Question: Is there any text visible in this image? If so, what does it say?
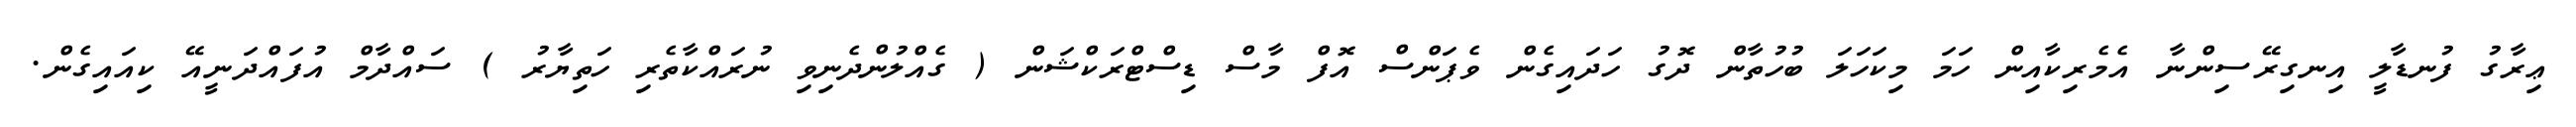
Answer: ޢިރާގު ފުނޑާލީ އިނގިރޭސިންނާ އެމެރިކާއިން ހަމަ މިކަހަލަ ބުހުތާން ދޮގު ހަދައިގެން ވެޕަންސް އޮފް މާސް ޑިސްޓްރަކްޝަން ( ގެއްލުންދެނިވި ނުރައްކާތެރި ހަތިޔާރު ) ސައްދާމް އުފައްދަނީއޭ ކިއައިގެން.